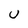
Character: U